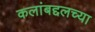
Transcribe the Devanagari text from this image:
कलांबद्दलच्या